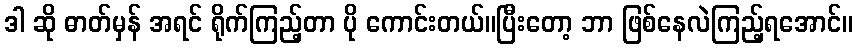
ဒါ ဆို ဓာတ်မှန် အရင် ရိုက်ကြည့်တာ ပို ကောင်းတယ်။ပြီးတော့ ဘာ ဖြစ်နေလဲကြည့်ရအောင်။